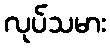
လုပ်သမား